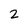
Character: 2